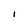
Character: I